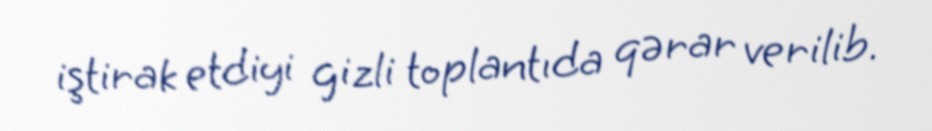
iştirak etdiyi gizli toplantıda qərar verilib.